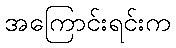
အကြောင်းရင်းက